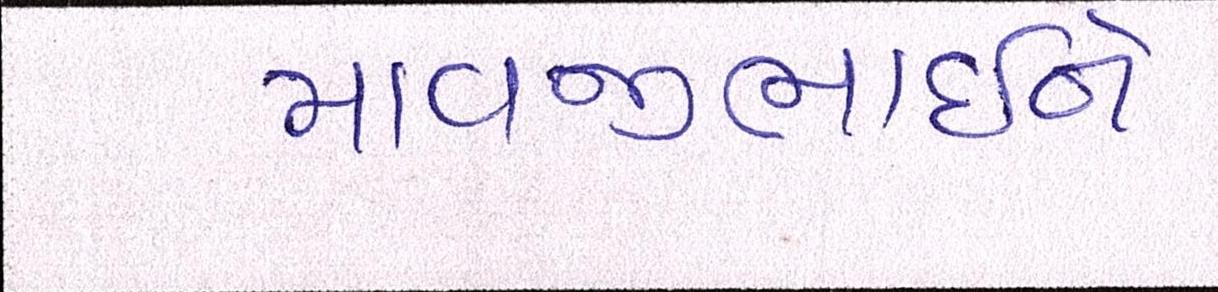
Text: માવજીભાઇને